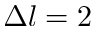
\Delta l = 2